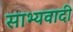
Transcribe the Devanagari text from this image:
साभ्यवादी